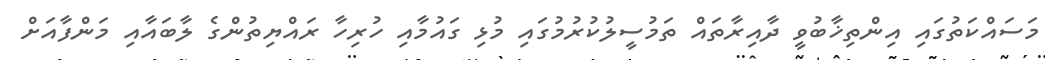
މަސައްކަތުގައި އިންތިޚާބުވީ ދާއިރާތައް ތަމުސީލުކުރުމުގައި މުޅި ގައުމާއި ހުރިހާ ރައްޔިތުންގެ ލާބައާއި މަންފާއަށް